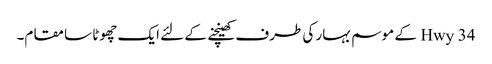
Hwy 34 کے موسم بہار کی طرف کھینچنے کے لئے ایک چھوٹا سا مقام۔